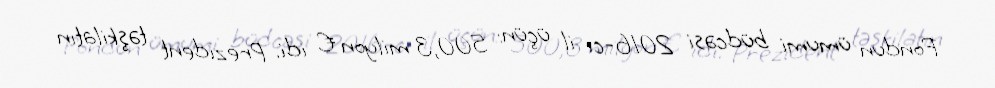
Fondun ümumi büdcəsi 2016-cı il üçün: 500,3 milyon € idi. Prezident təşkilatın